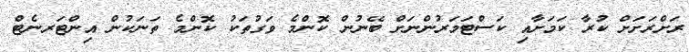
ރަށްރަށަށް ކުރާ ކަމަށާއި ކަސްޓަމަރުންނަށް ބޭނުން ކޮންމެ ވަގުތަކު ކޮންމެ ތަނަކުން އިންޓަރނެޓް